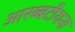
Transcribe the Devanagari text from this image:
आरब्बटीयना